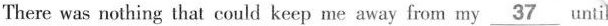
There was nothing that could keep me away from my \underline{37}until